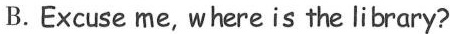
B. Excuse me, where is the library?